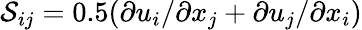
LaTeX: \mathcal{S}_{ij}=0.5(\partial u_{i}/\partial x_{j}+\partial u_{j}/\partial x_{i})